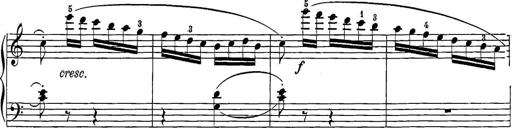
Title: 12 Sonatine per Pianoforte
Composer: Friedrich Kuhlau